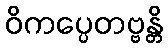
ဝိကပ္ပေတဗ္ဗန္တိ